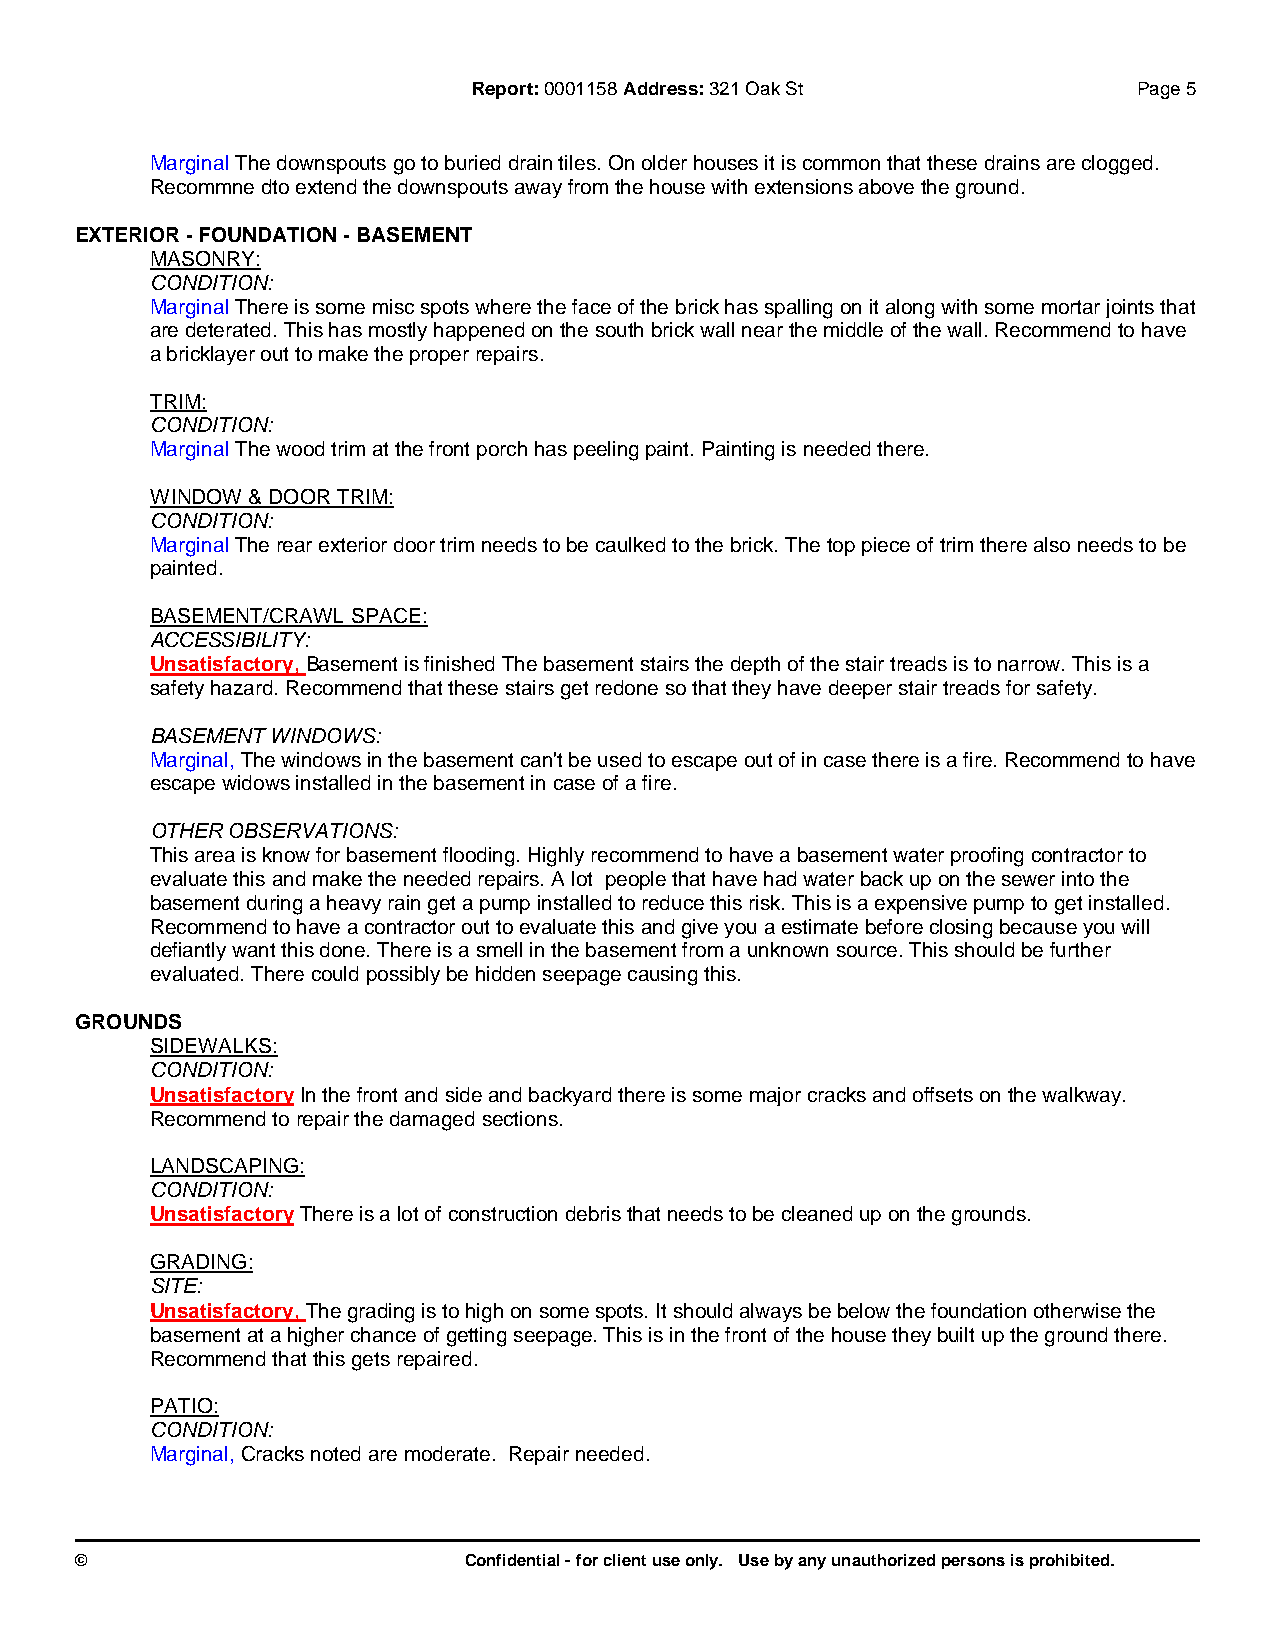
Report:0001158 Address:321 Oak St           Page 5
 MarginalThe downspouts go to buried drain tiles. On older houses it is common that these drains are clogged.
 Recommne dto extend the downspouts away from the house with extensions above the ground.
 EXTERIOR - FOUNDATION - BASEMENT
 MASONRY:
 CONDITION:
 MarginalThere is some misc spots where the face of the brick has spalling on it along with some mortar joints that
 are deterated. This has mostly happened on the south brick wall near the middle of the wall. Recommend to have
 a bricklayer out to make the proper repairs.
 TRIM:
 CONDITION:
 MarginalThe wood trim at the front porch has peeling paint. Painting is needed there.
 WINDOW & DOOR TRIM:
 CONDITION:
 MarginalThe rear exterior door trim needs to be caulked to the brick. The top piece of trim there also needs to be
 painted.
 BASEMENT/CRAWL SPACE:
 ACCESSIBILITY:
 Unsatisfactory, Basement is finished The basement stairs the depth of the stair treads is to narrow. This is a
 safety hazard. Recommend that these stairs get redone so that they have deeper stair treads for safety.
 BASEMENT WINDOWS:
 Marginal, The windows in the basement can't be used to escape out of in case there is a fire. Recommend to have
 escape widows installed in the basement in case of a fire.
 OTHER OBSERVATIONS:
 This area is know for basement flooding. Highly recommend to have a basement water proofing contractor to
 evaluate this and make the needed repairs. A lot people that have had water back up on the sewer into the
 basement during a heavy rain get a pump installed to reduce this risk. This is a expensive pump to get installed.
 Recommend to have a contractor out to evaluate this and give you a estimate before closing because you will
 defiantly want this done. There is a smell in the basement from a unknown source. This should be further
 evaluated. There could possibly be hidden seepage causing this.
 GROUNDS
 SIDEWALKS:
 CONDITION:
 UnsatisfactoryIn the front and side and backyard there is some major cracks and offsets on the walkway.
 Recommend to repair the damaged sections.
 LANDSCAPING:
 CONDITION:
 UnsatisfactoryThere is a lot of construction debris that needs to be cleaned up on the grounds.
 GRADING:
 SITE:
 Unsatisfactory, The grading is to high on some spots. It should always be below the foundation otherwise the
 basement at a higher chance of getting seepage. This is in the front of the house they built up the ground there.
 Recommend that this gets repaired.
 PATIO:
 CONDITION:
 Marginal, Cracks noted are moderate. Repair needed.
 ©                         Confidential - for client use only. Use by any unauthorized persons is prohibited.